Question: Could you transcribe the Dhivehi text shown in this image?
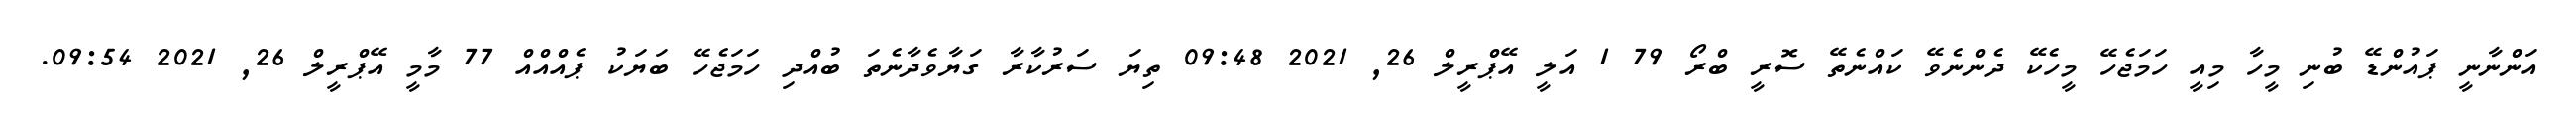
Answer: އަންނާނީ ޕައުންޑޭ ބުނި މީހާ މިއީ ހަމަޖެހޭ މީހެކޭ ދެންނެވޭ ކައްނެތޭ ސޮރީ ބްރޯ 79 1 އަލީ އޭޕްރީލް 26, 2021 09:48 ތިޔަ ސަރުކާރާ ގަޔާވެދާނެތަ ބުއްދި ހަމަޖެހޭ ބަޔަކު ޕެއްއްއް 77 މާމީ އޭޕްރީލް 26, 2021 09:54.